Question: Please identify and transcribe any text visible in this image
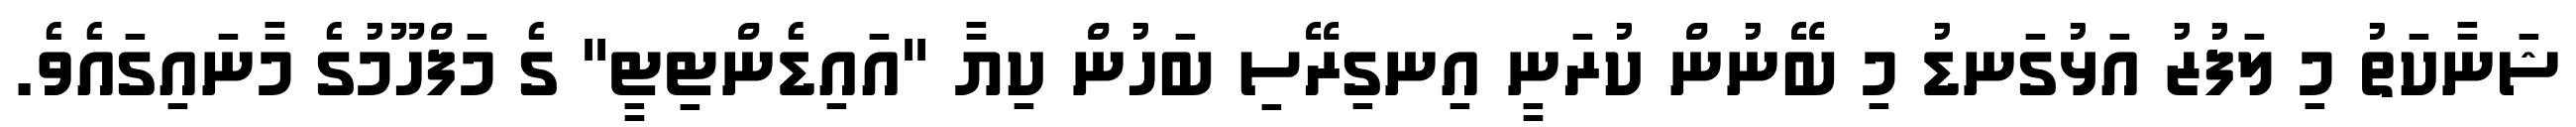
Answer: ޝަނާކަތު މި ލަފުޒު އަޅުގަނޑު މި ބޭނުން ކުރަނީ އިނގިރޭސި ބަހުން ކިޔާ "އައިޑެންޓިޓީ" ގެ މަފްހޫމުގެ މާނައިގައެވެ.